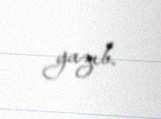
yazıb.